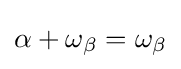
\alpha +\omega _{\beta }=\omega _{\beta }